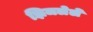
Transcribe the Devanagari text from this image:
झिजलेले